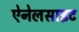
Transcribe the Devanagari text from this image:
ऐनेलसाइट